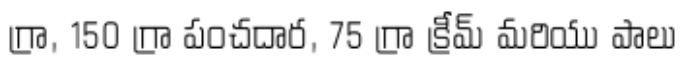
గ్రా, 150 గ్రా పంచదార, 75 గ్రా క్రీమ్ మరియు పాలు